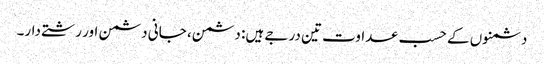
دشمنوں کے حسب عداوت تین درجے ہیں: دشمن، جانی دشمن اور رشتے دار۔